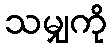
သမျှကို